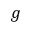
g